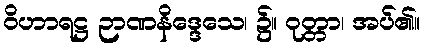
ဝိဟာရဋ္ဌ ဉာဏနိဒ္ဒေသေ၊ ၌။ ဝုတ္တာ၊ အပ်၏။